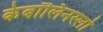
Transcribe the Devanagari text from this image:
केबॉलिनस्लो